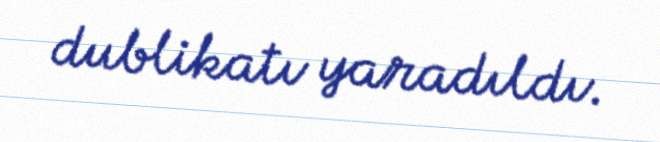
dublikatı yaradıldı.